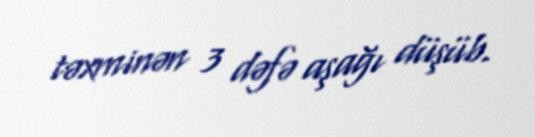
təxminən 3 dəfə aşağı düşüb.